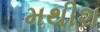
મથીશ